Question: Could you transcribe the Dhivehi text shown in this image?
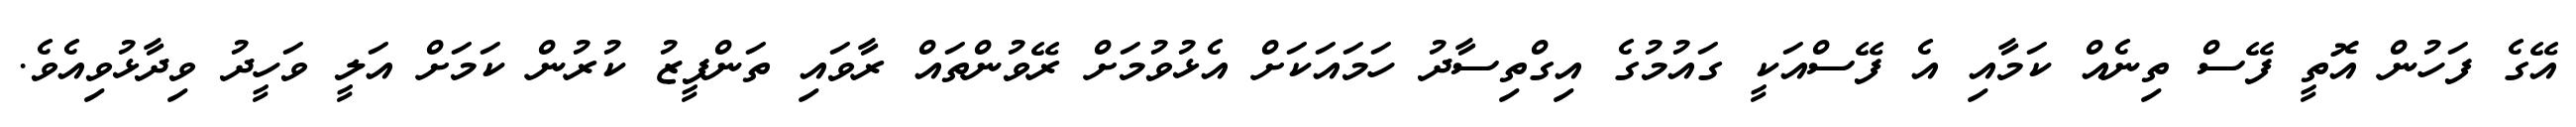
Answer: އޭގެ ފަހުން އޮތީ ފޭސް ތިނެއް ކަމާއި އެ ފޭސްއަކީ ގައުމުގެ އިގްތިސާދު ހަމައަކަށް އެޅުވުމަށް ރޭވުންތައް ރާވައި ތަންފީޒު ކުރުން ކަމަށް އަލީ ވަހީދު ވިދާޅުވިއެވެ.